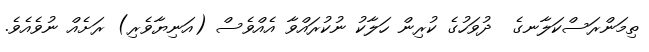
ތިމަންރަސްކަލާނގެ  ދުވަހުގެ ކުރިން ހަލާކު ނުކުރައްވާ އެއްވެސް (އަނިޔާވެރި) ރަށެއް ނުވެއެވެ.